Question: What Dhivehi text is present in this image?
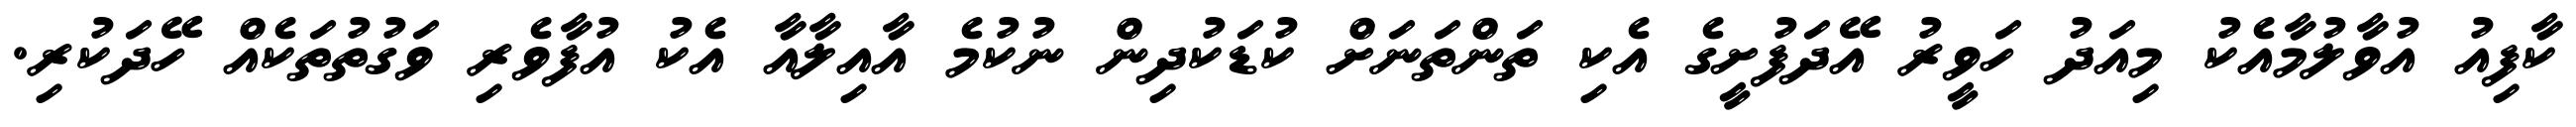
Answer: ކާފިއު އުވާލުމާއެކު މިއަދު ހަވީރު އޭދަފުށީގެ އެކި ތަންތަނަށް ކުޑަކުދިން ނުކުމެ އާއިލާއާ އެކު އުފާވެރި ވަގުތުތަކެއް ހޭދަކުރި.